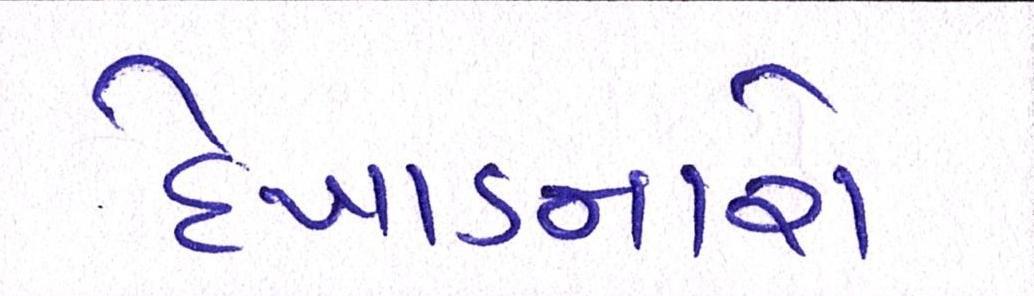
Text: દેખાડનારો